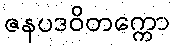
ဇနပဒဝိတက္ကော